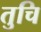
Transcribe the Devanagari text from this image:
तुचि